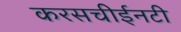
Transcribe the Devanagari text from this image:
करसचीईनटी